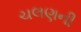
ચલણની